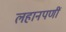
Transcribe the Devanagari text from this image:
लहानपणीं